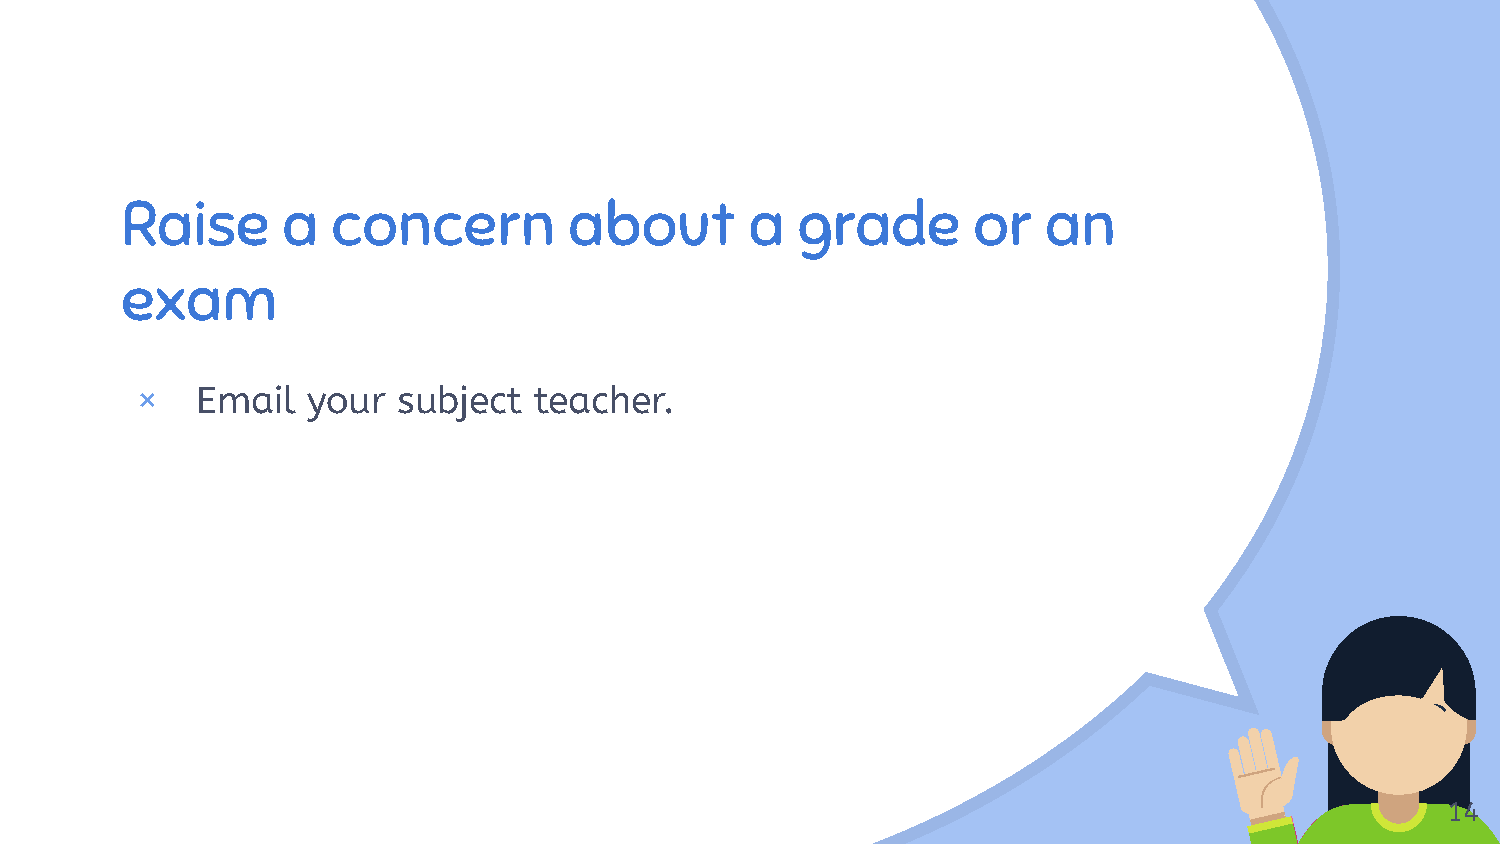
“
 Raise      a  concern         about       a  grade      or   an
 exam
 ×   Email  your  subject  teacher.
 14